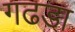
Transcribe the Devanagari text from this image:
गढडा